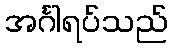
အင်္ဂါရပ်သည်